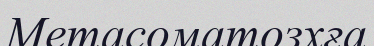
Метасоматозхға